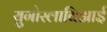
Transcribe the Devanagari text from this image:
युगोस्लाविआई